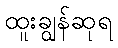
ထူးချွန်ဆုရ